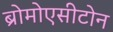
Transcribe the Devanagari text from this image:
ब्रोमोएसीटोन